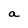
Character: a